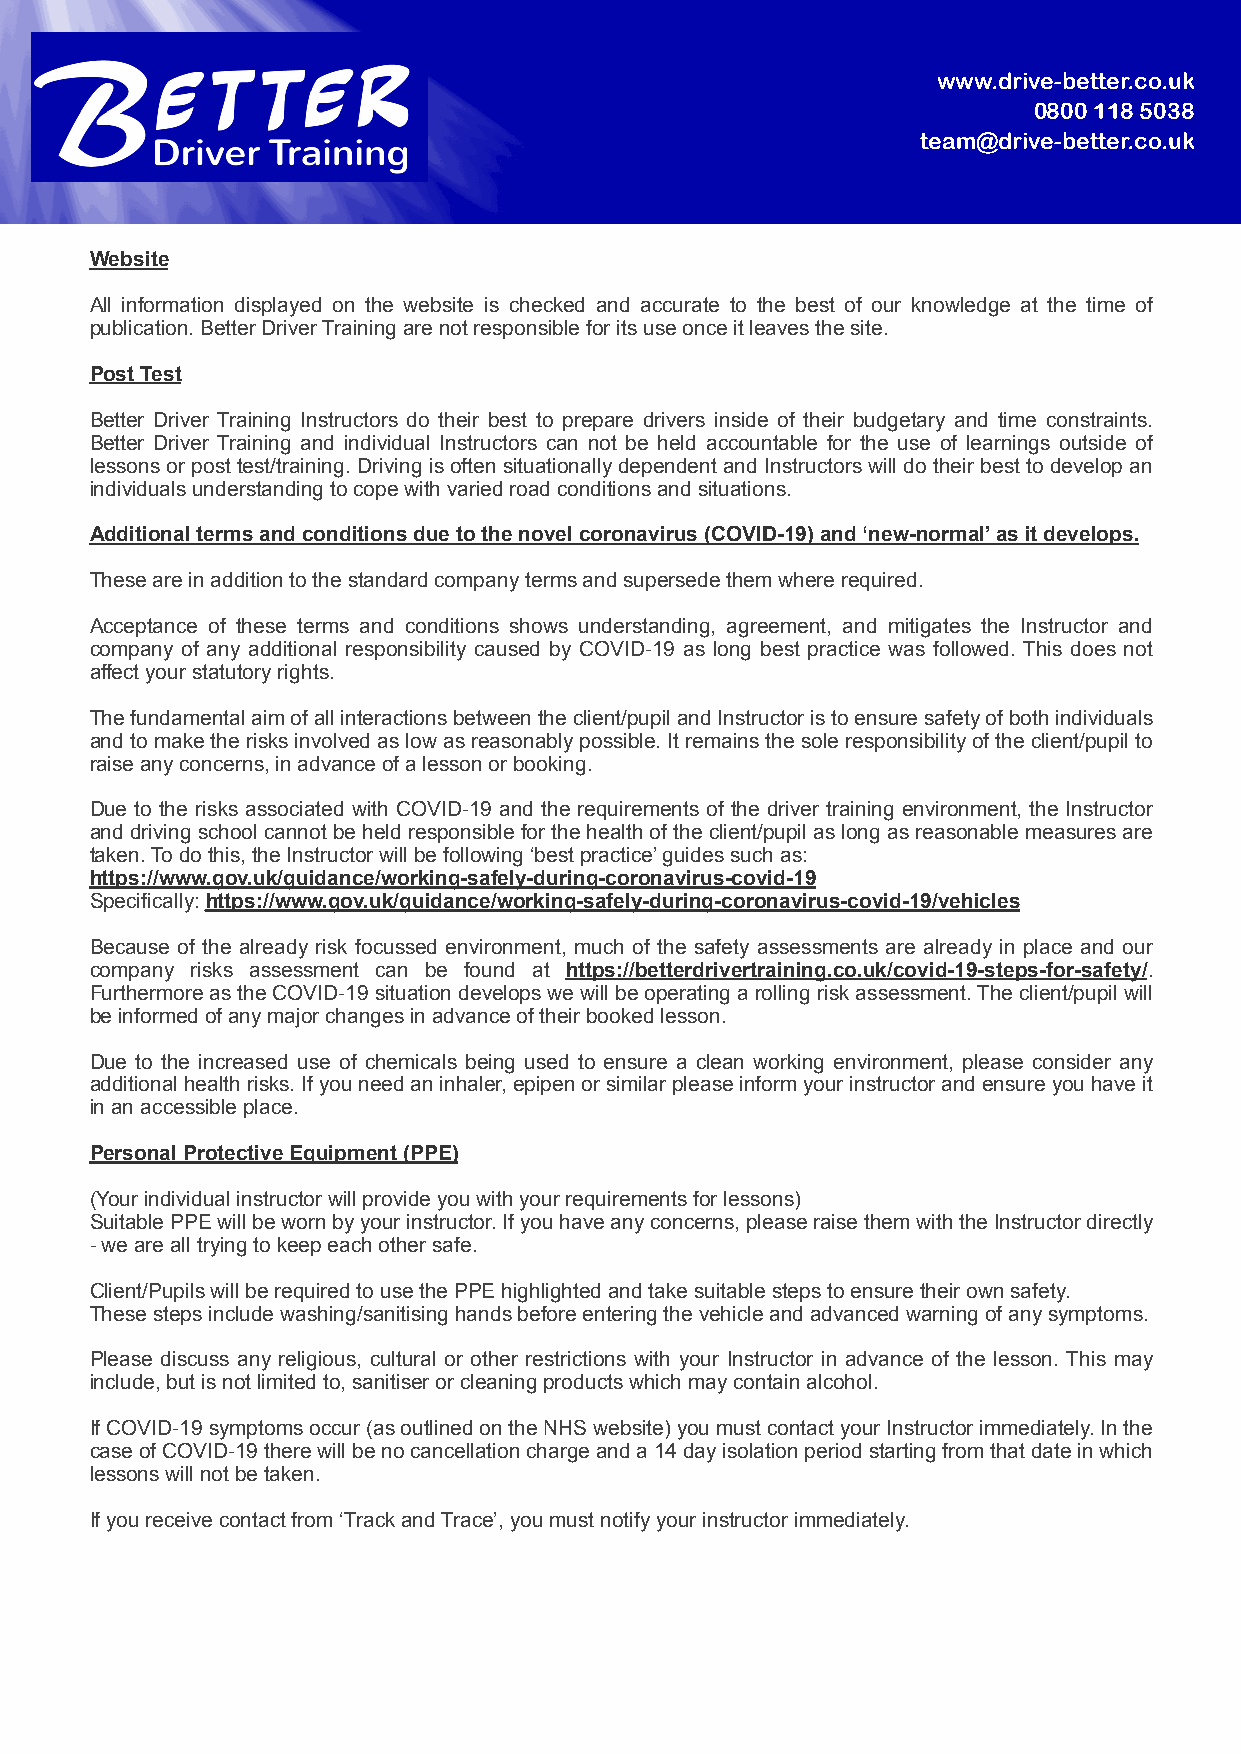
www.drive-better.co.uk
 0800 118 5038
 team@drive-better.co.uk
 Website
 All information displayed on the website is checked and accurate to the best of our knowledge at the time of
 publication. Better Driver Training are not responsible for its use once it leaves the site.
 Post Test
 Better Driver Training Instructors do their best to prepare drivers inside of their budgetary and time constraints.
 Better Driver Training and individual Instructors can not be held accountable for the use of learnings outside of
 lessons or post test/training. Driving is often situationally dependent and Instructors will do their best to develop an
 individuals understanding to cope with varied road conditions and situations.
 Additional terms and conditions due to the novel coronavirus (COVID-19) and ‘new-normal’ as it develops.
 These are in addition to the standard company terms and supersede them where required.
 Acceptance of these terms and conditions shows understanding, agreement, and mitigates the Instructor and
 company of any additional responsibility caused by COVID-19 as long best practice was followed. This does not
 affect your statutory rights.
 The fundamental aim of all interactions between the client/pupil and Instructor is to ensure safety of both individuals
 and to make the risks involved as low as reasonably possible. It remains the sole responsibility of the client/pupil to
 raise any concerns, in advance of a lesson or booking.
 Due to the risks associated with COVID-19 and the requirements of the driver training environment, the Instructor
 and driving school cannot be held responsible for the health of the client/pupil as long as reasonable measures are
 taken. To do this, the Instructor will be following ‘best practice’ guides such as:
 https://www.gov.uk/guidance/working-safely-during-coronavirus-covid-19
 Specifically: https://www.gov.uk/guidance/working-safely-during-coronavirus-covid-19/vehicles
 Because of the already risk focussed environment, much of the safety assessments are already in place and our
 company risks assessment can be found at https://betterdrivertraining.co.uk/covid-19-steps-for-safety/.
 Furthermore as the COVID-19 situation develops we will be operating a rolling risk assessment. The client/pupil will
 be informed of any major changes in advance of their booked lesson.
 Due to the increased use of chemicals being used to ensure a clean working environment, please consider any
 additional health risks. If you need an inhaler, epipen or similar please inform your instructor and ensure you have it
 in an accessible place.
 Personal Protective Equipment (PPE)
 (Your individual instructor will provide you with your requirements for lessons)
 Suitable PPE will be worn by your instructor. If you have any concerns, please raise them with the Instructor directly
 - we are all trying to keep each other safe.
 Client/Pupils will be required to use the PPE highlighted and take suitable steps to ensure their own safety.
 These steps include washing/sanitising hands before entering the vehicle and advanced warning of any symptoms.
 Please discuss any religious, cultural or other restrictions with your Instructor in advance of the lesson. This may
 include, but is not limited to, sanitiser or cleaning products which may contain alcohol.
 If COVID-19 symptoms occur (as outlined on the NHS website) you must contact your Instructor immediately. In the
 case of COVID-19 there will be no cancellation charge and a 14 day isolation period starting from that date in which
 lessons will not be taken.
 If you receive contact from ‘Track and Trace’, you must notify your instructor immediately.